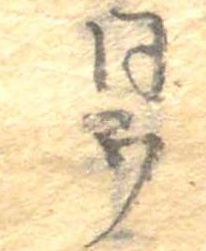
同ウ